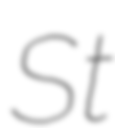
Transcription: St